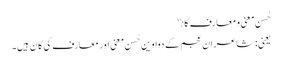
حُسنِ معنی و معارف کانې
یعنی: شاعرانِ عجم کے دواوین حُسنِ معنی اور معارف کی کان ہیں۔